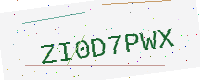
Text: ZI0D7PWX